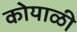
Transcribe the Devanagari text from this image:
कोयाळी